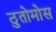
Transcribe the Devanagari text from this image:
ठुतोमोस